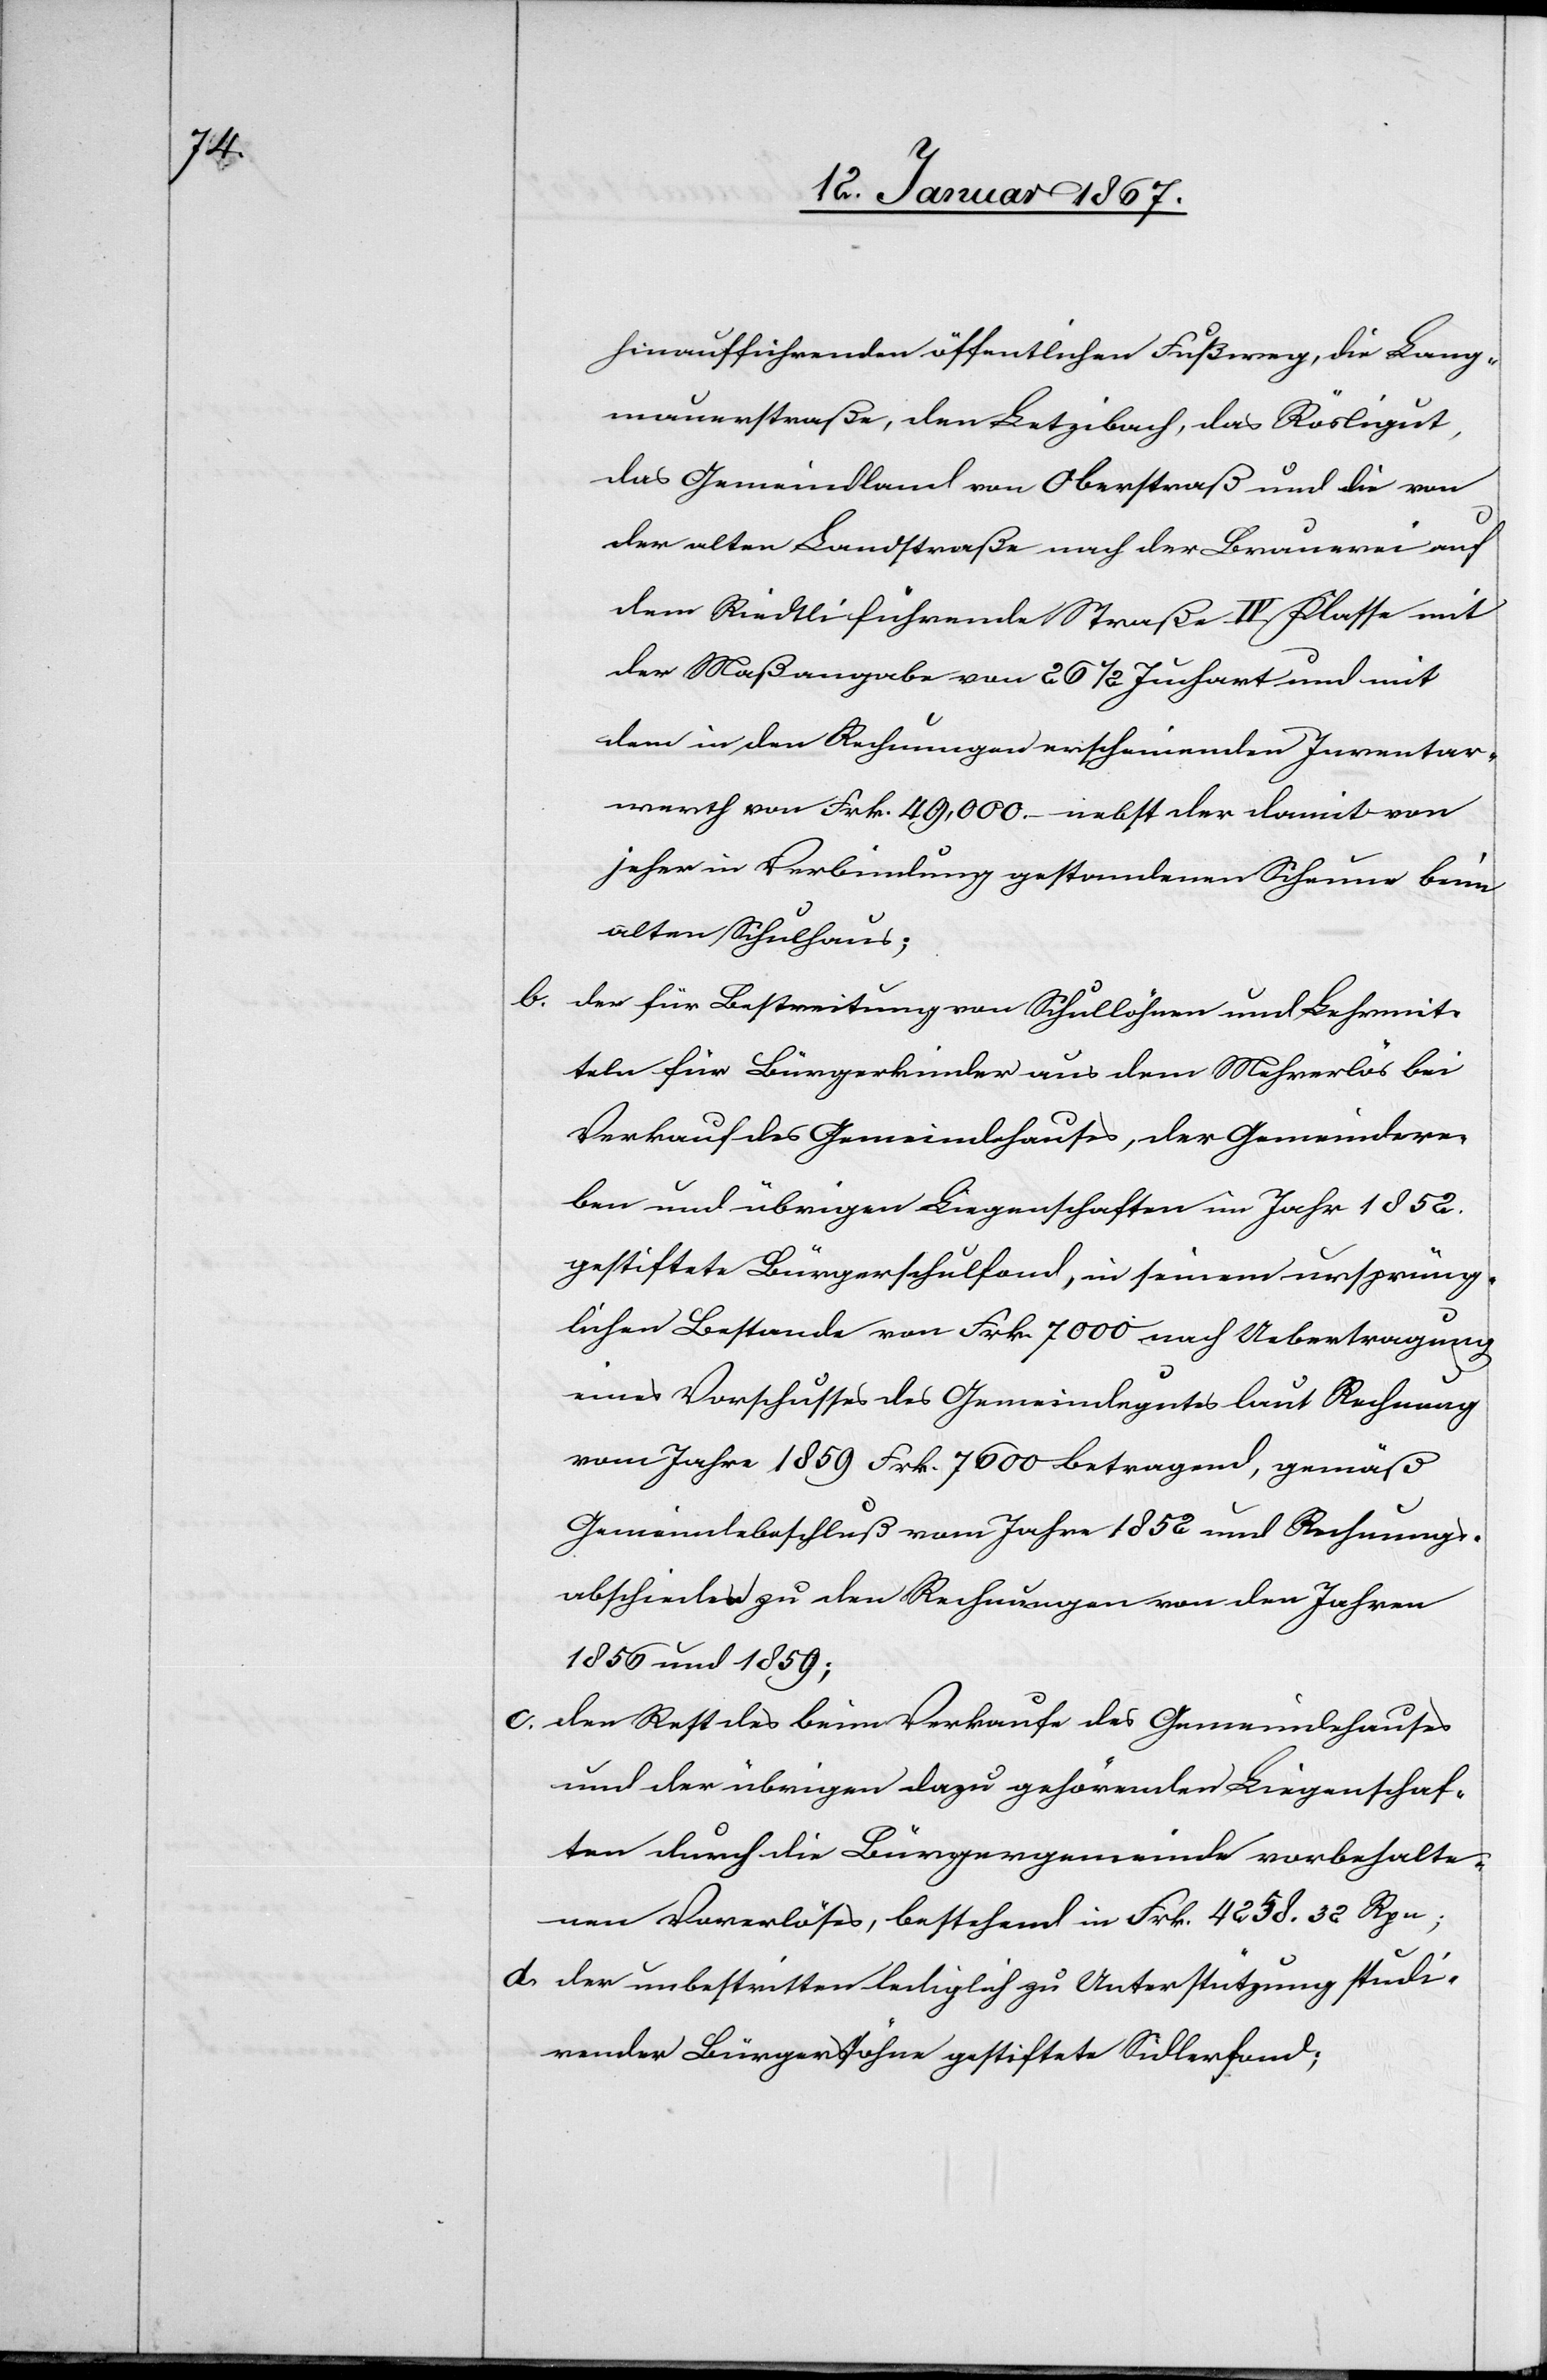
hinaufführenden öffentlichen Fußweg, die Lang¬
mauerstraße, den Letzibach, das Rösligut,
das Gemeindland von Oberstraß und die von
der alten Landstraße nach der Brauerei auf
dem Riedtli führende Straße III. Klasse mit
der Maßangabe von 26 1/2 Juchart und mit
dem in den Rechnungen erscheinenden Inventar¬
werth von Frk. 49,000.– nebst der damit von
jeher in Verbindung gestandenen Scheune beim
alten Schulhaus;
b. der für Bestreitung von Schullöhnen und Lehrmit¬
teln für Bürgerkinder aus dem Mehrerlös bei
Verkauf des Gemeindehauses, der Gemeindere¬
ben und übrigen Liegenschaften im Jahr 1852.
gestiftete Bürgerschulfond, in seinem ursprüng¬
lichen Bestande von Frk. 7000 nach Uebertragung
eines Vorschusses des Gemeindegutes laut Rechnung
vom Jahre 1859 Frk. 7600 betragend, gemäß
Gemeindebeschluß vom Jahre 1852 und Rechnungs¬
abschiedes zu den Rechnungen von den Jahren
1856 und 1859;
c. der Rest des beim Verkaufe des Gemeindehauses
und der übrigen dazu gehörenden Liegenschaf¬
ten durch die Bürgergemeinde vorbehalte¬
nen Vorerlöses, bestehend in Frk. 4258. 32 Rpn;
d. der unbestritten lediglich zu Unterstützung studi¬
render Bürgerssöhne gestiftete Sidlerfond;